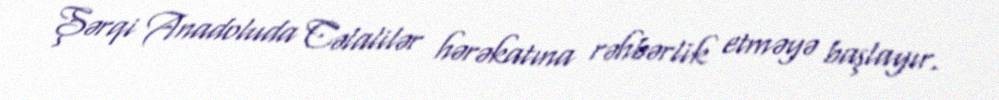
Şərqi Anadoluda Cəlalilər hərəkatına rəhbərlik etməyə başlayır.